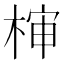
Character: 𰗵